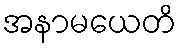
အနာမယေတိ